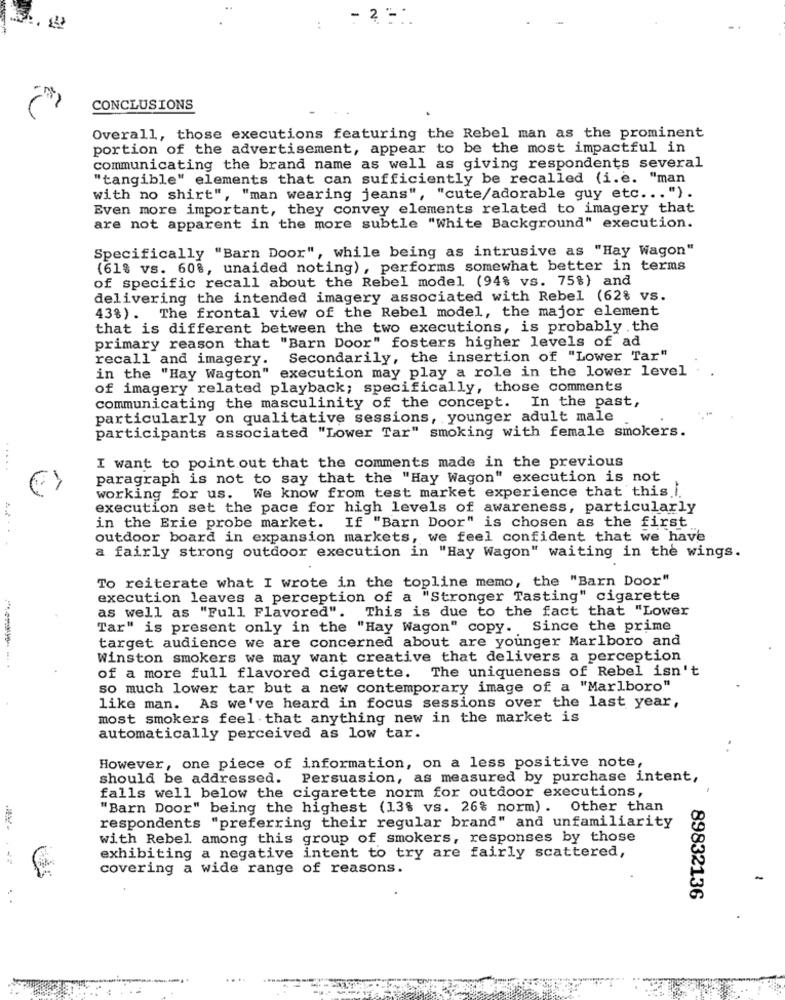
2
CONCLUSIONS
Overall, those executions featuring the Rebel man as the prominent
portion of the advertisement, appear to be the most impactful in
communicating the brand name as well as giving respondents several
"tangible" elements that can sufficiently be recalled (i.e. "man
with no shirt", "man wearing jeans", "cute/adorable guy etc ... ").
Even more important, they convey elements related to imagery that
are not apparent in the more subtle "White Background" execution.
Specifically "Barn Door", while being as intrusive as "Hay Wagon"
(61% vs. 60%, unaided noting), performs somewhat better in terms
of specific recall about the Rebel model (94% vs. 75%) and
delivering the intended imagery associated with Rebel (62% vs.
43%). The frontal view of the Rebel model, the major element
that is different between the two executions, is probably the
primary reason that "Barn Door" fosters higher levels of ad
Secondarily, the insertion of "Lower Tar"
recall and imagery.
in the "Hay Wagton" execution may play a role in the lower level
of imagery related playback; specifically, those comments
communicating the masculinity of the concept. In the past,
particularly on qualitative sessions, younger adult male
participants associated "Lower Tar" smoking with female smokers.
.....
I want to point out that the comments made in the previous
paragraph is not to say that the "Hay Wagon" execution is not
working for us. We know from test market experience that this.i.
execution set the pace for high levels of awareness, particularly
in the Erie probe market. If "Barn Door" is chosen as the first
outdoor board in expansion markets, we feel confident that we have
A .....
a fairly strong outdoor execution in "Hay Wagon" waiting in the wings.
To reiterate what I wrote in the topline memo, the "Barn Door"
execution leaves a perception of a "Stronger Tasting" cigarette
as well as "Full Flavored". This is due to the fact that "Lower
Tar" is present only in the "Hay Wagon" copy. Since the prime
target audience we are concerned about are younger Marlboro and
Winston smokers we may want creative that delivers a perception
of a more full flavored cigarette. The uniqueness of Rebel isn't
so much lower tar but a new contemporary image of a "Marlboro"
like man. As we've heard in focus sessions over the last year,
most smokers feel that anything new in the market is
automatically perceived as low tar.
However, one piece of information, on a less positive note,
should be addressed.
Persuasion, as measured by purchase intent,
falls well below the cigarette norm for outdoor executions,
"Barn Door" being the highest (13% vs. 26% norm) . Other than
respondents "preferring their regular brand" and unfamiliarity
with Rebel among this group of smokers, responses by those
exhibiting a negative intent to try are fairly scattered,
covering a wide range of reasons.
89832136